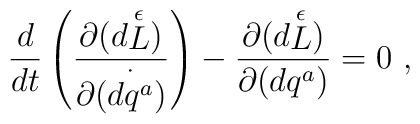
{d \over dt} \left({\partial{(d{\stackrel{\epsilon}{L}})} \over\partial{(\stackrel{\cdot}{dq^a}})}\right) -{\partial{(d{\stackrel{\epsilon}{L}})} \over \partial{(dq^a)}} = 0\ ,